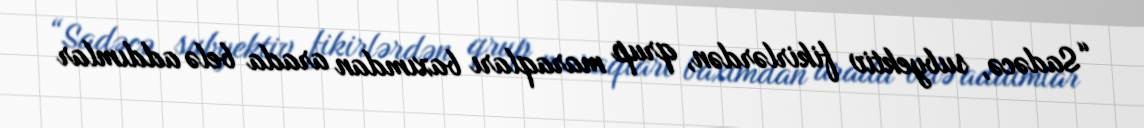
“Sadəcə, subyektiv fikirlərdən, qrup maraqları baxımdan arada belə addımlar